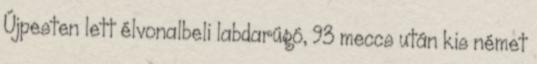
Újpesten lett élvonalbeli labdarúgó, 93 meccs után kis német